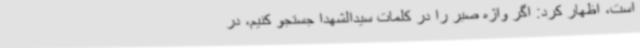
است، اظهار کرد: اگر واژه صبر را در کلمات سیدالشهدا جستجو کنیم، در